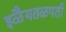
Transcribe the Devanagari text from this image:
इळैयतळपती